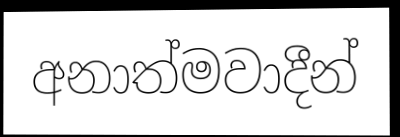
අනාත්මවාදීන්